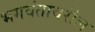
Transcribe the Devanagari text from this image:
भगवंतावरील